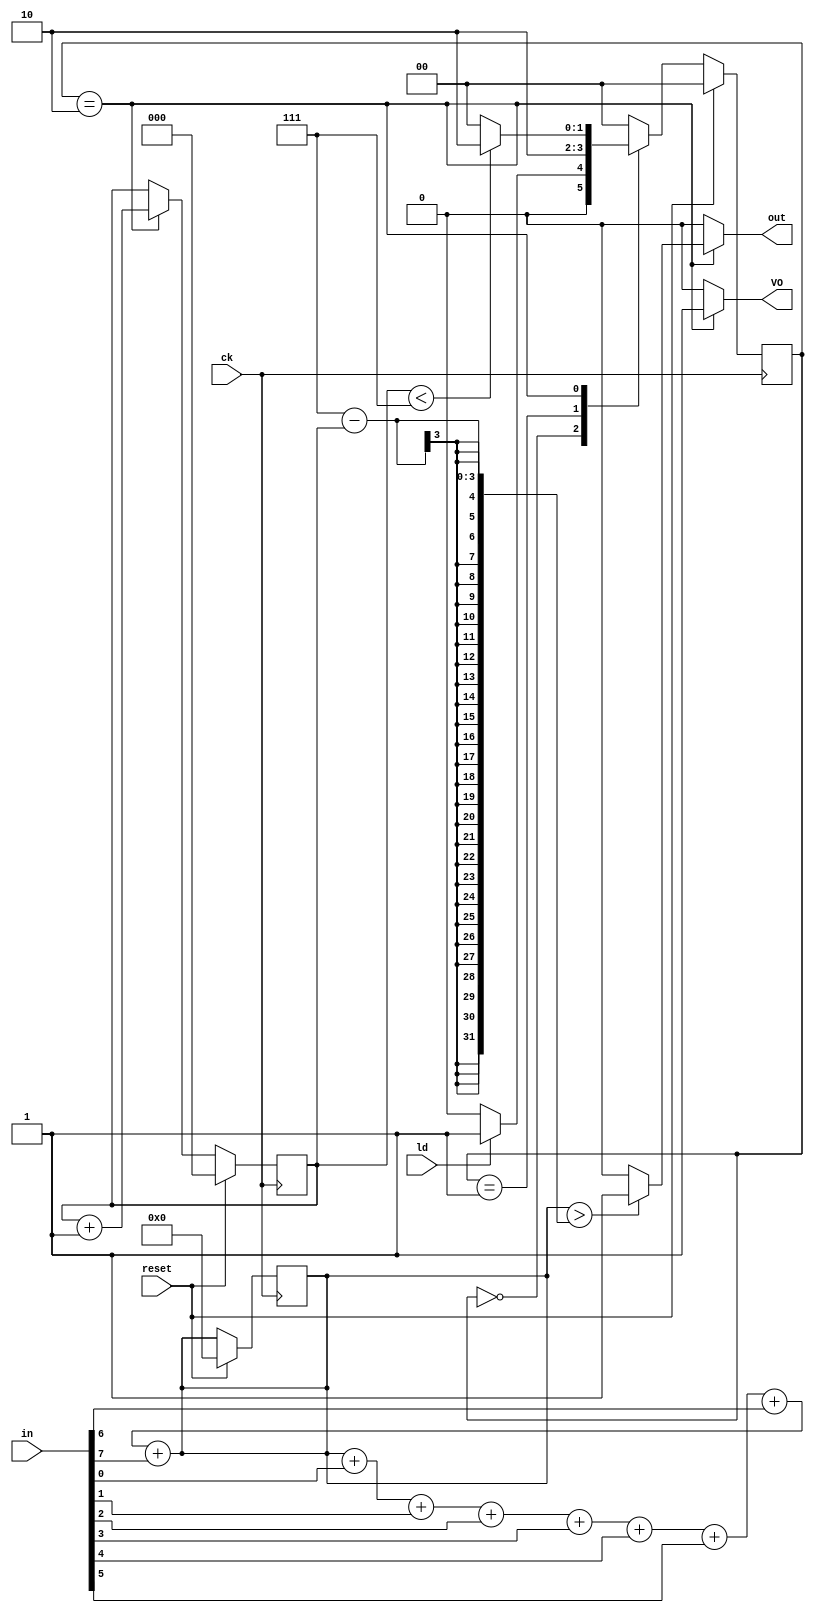
module sorter(
    input [7:0] in,
    input ck,
    input reset,
    input ld,
    output VO,
    output reg out
    );
    
    reg[1:0] state , next_state;
    reg[7:0] intReg;
    reg[2:0] counter;
    reg[3:0] res;
    integer i;
    
    
    
    
    parameter q0 = 2'b00 , q1 = 2'b01 ,q2 = 2'b10;
    
    always @ (posedge ck)
        if(reset)
            begin
            res = 0;
            state <= q0;
            end
            else state <= next_state;
            
   
        
      always @ (*)
        for(i = 0; i < 8; i = i + 1)
      res = res + in[i];
            
              
    
    always @ (posedge ck)
        if(reset)
            intReg <= 0;
        else if(ld == 1 && state == q1)
            intReg <= in;
            else intReg <= intReg;
    
    always @ (posedge ck)
        
            if(reset)
                counter <= 0;
                else if(state == q2)
                    counter <= counter + 1;
                    else counter <= counter;
     
    always @ (*)
        case(state)
            q0 : if(ld) next_state = q1;
                    else next_state = q0;
            q1 :  next_state = q2;
                    
            q2 : if(counter < 7) next_state = q2;
                    else next_state = q0;
            default : next_state = q0;                        
         endcase
         
         
     always @ (*) 
        if (state == q2)
            begin
            if(res > 7- counter)
                out = 1;
                else out = 0;
            end
        else out = 0;           
     
     assign VO = (state == q2) ? 1 : 0;   
                                    
                    
                
                                
    
endmodule